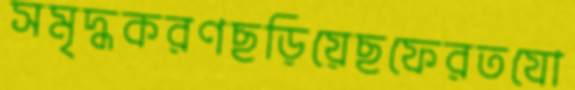
সমৃদ্ধকরণছড়িয়েছফেরতযো